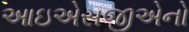
આઇએસજીએનો